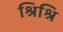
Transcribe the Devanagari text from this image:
श्रिश्रि